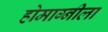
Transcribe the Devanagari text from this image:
होमाग्नीला